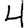
Digit: 4